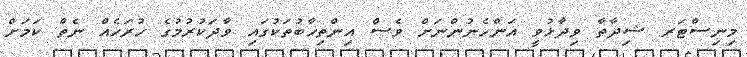
މިނިސްޓަރ ޝިދާތާ ވިދާޅުވީ އަންހެނުންނަށް ވެސް އިންތިޚާބުތަކުގައި ވާދަކުރުމުގެ ހުރަހެއް ނެތް ކަމަށް